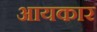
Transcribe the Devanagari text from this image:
आयकार